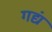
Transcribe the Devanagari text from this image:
गद्यं